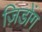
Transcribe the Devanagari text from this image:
ज़िडोंग